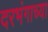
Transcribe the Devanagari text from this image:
दरभंगाच्या